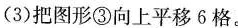
(3)把图形③向上平移6格。